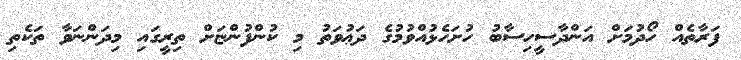
ފަރާތެއް ހޯދުމަށް އަންދާސީހިސާބު ހުށަހެޅުއްވުމުގެ ދަޢުވަތު މި ކުންފުންޏަށް ތިރީގައި މިދަންނަވާ ތަކެތި